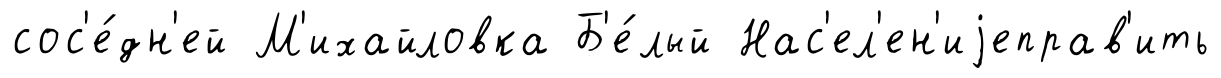
сос'е́дн'ей М'ихайловка Б'е́лый Нас'ел'ен'иjеправ'ить